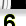
Digit: 6